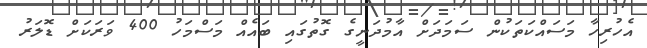
އެހުރިހާ މަސައްކަތަކުން ސަމަދަށް އާމުދަނީގެ ގޮތުގައި ބައެއް މަސްމަހު 400 ވަރަކަށް ޑޮލަރު